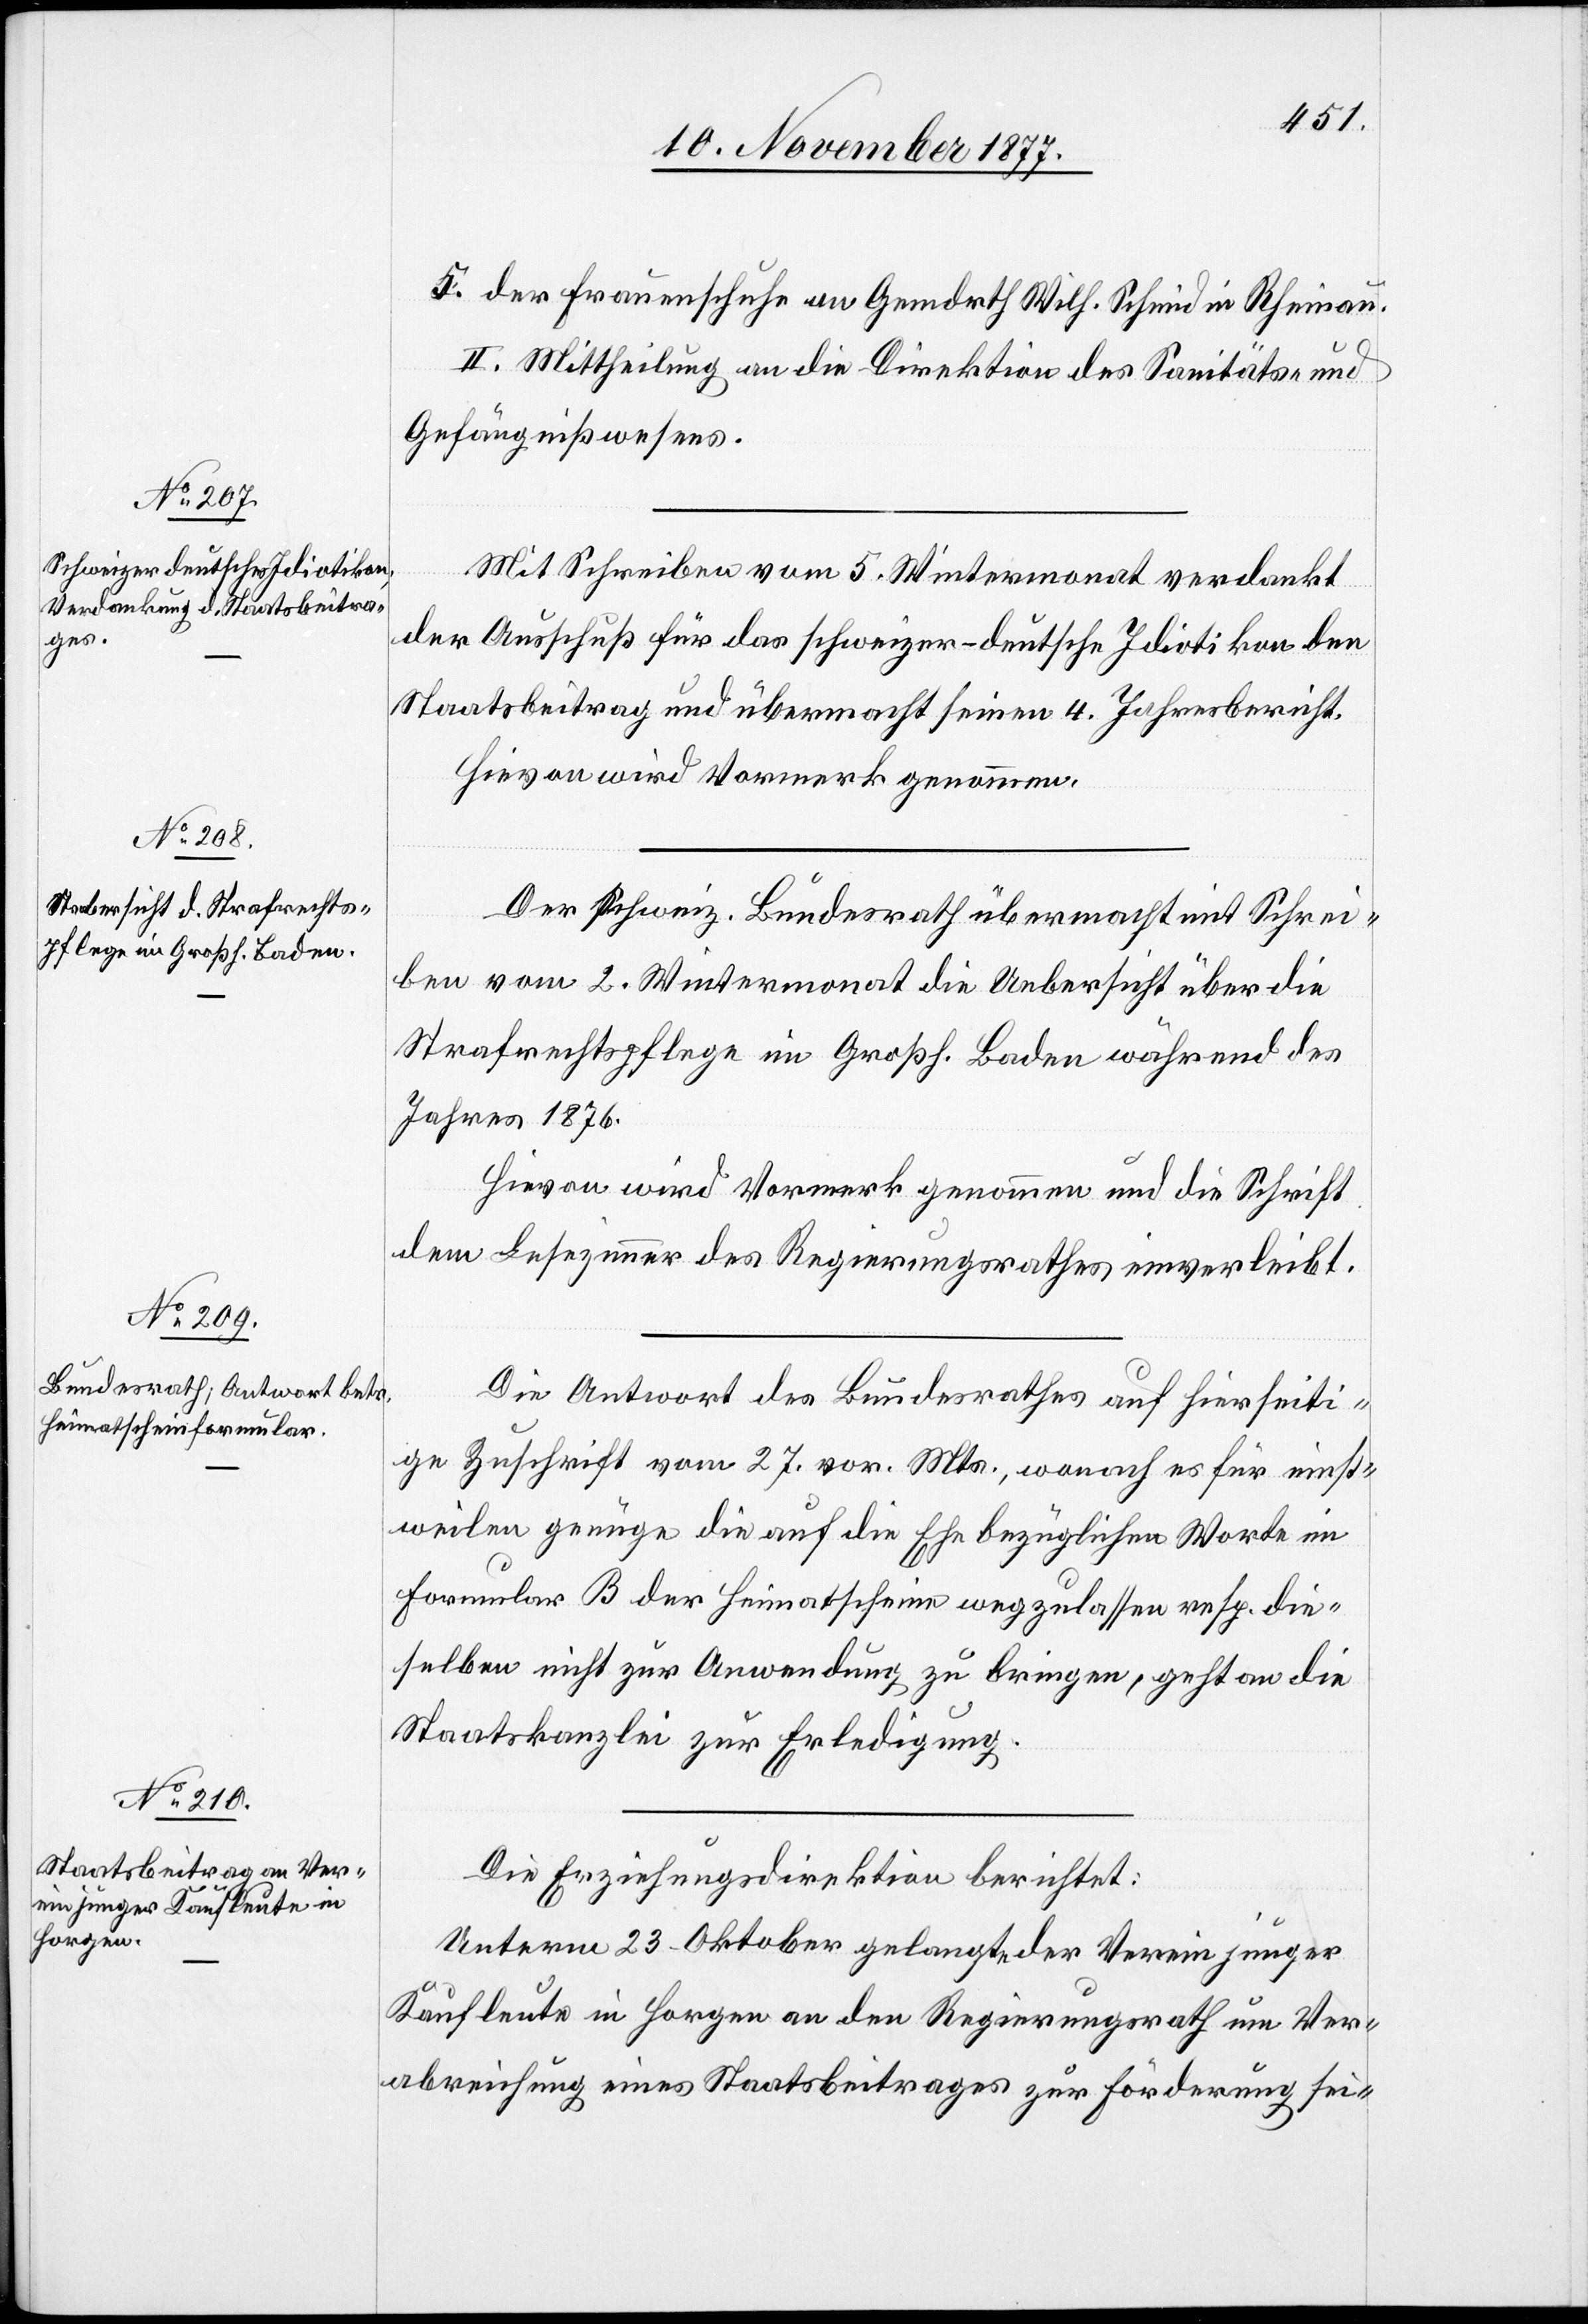
Ver¬

der Frauenschuhe an Gemdrth Wilh. Schmid in Rheinau.
II. Mittheilung an die Direktion des Sanitäts- und
Gefängnißwesens.
Mit Schreiben vom 5. Wintermonat verdankt
der Ausschuß für das schweizer-deutsche Idiotikon den
Staatsbeitrag und übermacht seinen 4. Jahresbericht.
Hievon wird Vormerk genommen.
Der schweiz. Bundesrath übermacht mit Schrei¬
ben vom 2. Wintermonat die Uebersicht über die
Strafrechtspflege im Großh. Baden während des
Jahres 1876.
Hievon wird Vormerk genommen und die Schrift
dem Lesezimmer des Regierungsrathes einverleibt.
Die Antwort des Bundesrathes auf hierseiti¬
ge Zuschrift vom 27. vor. Mts., wonach es für einst¬
weilen genüge die auf die Ehe bezüglichen Worte im
Formular B der Heimatscheine wegzulassen resp. die¬
selben nicht zur Anwendung zu bringen, geht an die
Staatskanzlei zur Erledigung.
Die Erziehungsdirektion berichtet:
Unterm 23. Oktober gelangte der Verein junger
Kaufleute in Horgen an den Regierungsrath [mit dem
abreichung eines Staatsbeitrages zur Förderung sei-